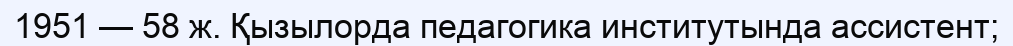
1951 — 58 ж. Қызылорда педагогика институтында ассистент;